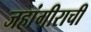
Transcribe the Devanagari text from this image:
जहांगीराची